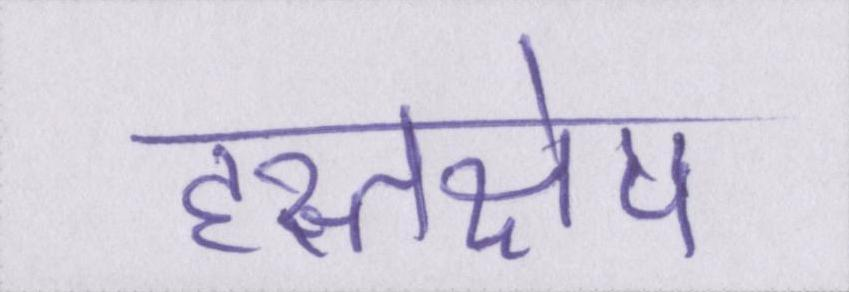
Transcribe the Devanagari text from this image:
हस्तक्षेप